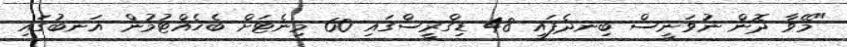
"މޭވާ ދޮން ނުވަނީސް ބިނދެފައި 48 ޑިގްރީސްގައި 60 މިނެޓަށް ބެހެއްޓުމުން އަނބުގައި